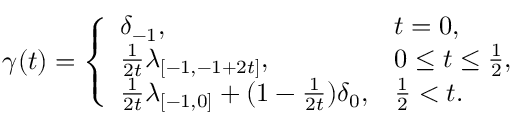
\begin{array} { r } { \gamma ( t ) = \left\{ \begin{array} { l l } { \delta _ { - 1 } , \quad } & { t = 0 , } \\ { \frac { 1 } { 2 t } \lambda _ { [ - 1 , - 1 + 2 t ] } , } & { 0 \le t \le \frac { 1 } { 2 } , } \\ { \frac { 1 } { 2 t } \lambda _ { [ - 1 , 0 ] } + ( 1 - \frac { 1 } { 2 t } ) \delta _ { 0 } , } & { \frac { 1 } { 2 } < t . } \end{array} \right. } \end{array}